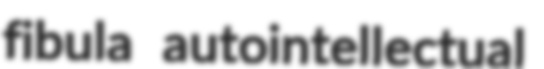
fibula autointellectual